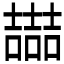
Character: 𡕇